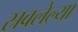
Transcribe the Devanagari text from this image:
स्रवलेल्या